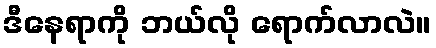
ဒီနေရာကို ဘယ်လို ရောက်လာလဲ။